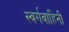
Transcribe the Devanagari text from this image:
स्वर्गवाहिनी